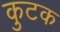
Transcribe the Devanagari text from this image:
कुटक